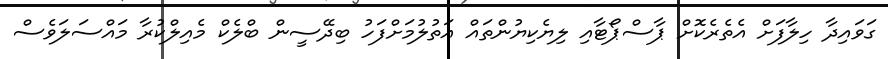
ގަވައިދާ ހިލާފަށް އެތެރެކޮށް ޕާސްޕޯޓާއި ލިޔެކިޔުންތައް އަތުލުމަށްފަހު ބިދޭސީން ބްލެކް މެއިލްކުރާ މައްސަލަވެސް